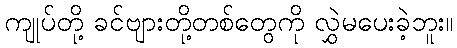
ကျုပ်တို့ ခင်ဗျားတို့တစ်တွေကို လွှဲမပေးခဲ့ဘူး။